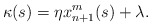
\begin{align*}\kappa(s)=\eta x_{n+1}^m(s)+\lambda.\end{align*}